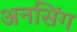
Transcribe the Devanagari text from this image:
अनसिंग